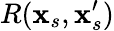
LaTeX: R(\textbf{x}_{s},\textbf{x}_{s}^{\prime})